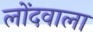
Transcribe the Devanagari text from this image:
लोंदवाला